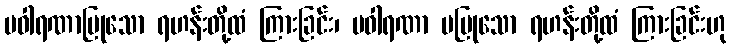
ပဝါရဏာပြုသော ရဟန်းတို့ထံ ကြားခြင်း၊ ပဝါရဏာ မပြုသော ရဟန်းတို့ထံ ကြားခြင်းဟု